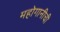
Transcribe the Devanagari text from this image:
महोगानीची